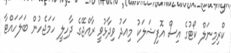
ކްރިމިނަލް ކޯޓުގެ އިސް އޮފިޝަލަކު މިއަދު ވިދާޅުވީ ރާއްޖޭގެ ދާހިލީ ހަމަޖެހުން ބަލަހައްޓާ